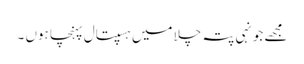
مجھے جونہی پتہ چلا میں ہسپتال پہنچا ہوں ۔